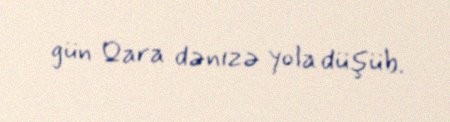
gün Qara dənizə yola düşüb.